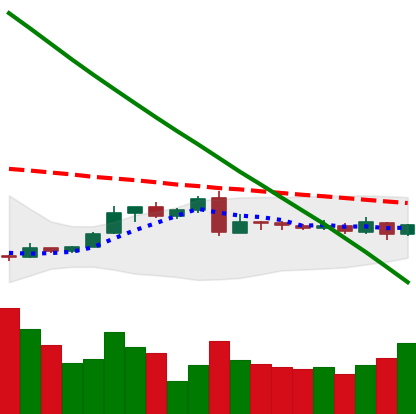
Ticker: XLM-USD
Chart end date: 2019-03-05
Forward return: 15.921%
Label: up_7plus